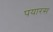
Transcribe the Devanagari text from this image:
पयारस